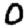
Digit: 0